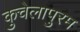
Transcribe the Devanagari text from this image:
कुचेलापुरम